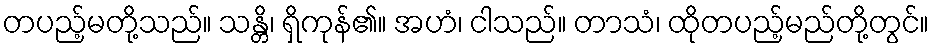
တပည့်မတို့သည်။ သန္တိ၊ ရှိကုန်၏။ အဟံ၊ ငါသည်။ တာသံ၊ ထိုတပည့်မည်တို့တွင်။